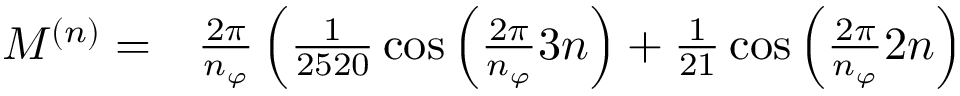
\begin{array} { r l } { M ^ { ( n ) } = } & { { } \frac { 2 \pi } { n _ { \varphi } } \left( \frac { 1 } { 2 5 2 0 } \cos \left( \frac { 2 \pi } { n _ { \varphi } } 3 n \right) + \frac { 1 } { 2 1 } \cos \left( \frac { 2 \pi } { n _ { \varphi } } 2 n \right) \right. } \end{array}